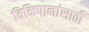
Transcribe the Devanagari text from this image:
विकिपानांसाठी